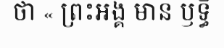
ថា « ព្រះអង្គ មាន ឫទ្ធិ